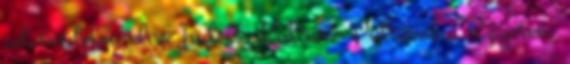
adatvédelmi elvei Index - Kultúr - Pultosok a Szigeten: